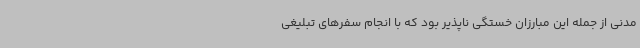
مدنی از جمله این مبارزان خستگی ناپذیر بود که با انجام سفرهای تبلیغی